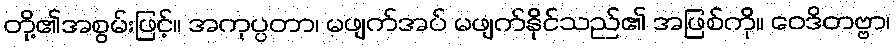
တို့၏အစွမ်းဖြင့်။ အကုပ္ပတာ၊ မဖျက်အပ် မဖျက်နိုင်သည်၏ အဖြစ်ကို။ ဝေဒိတဗ္ဗာ၊